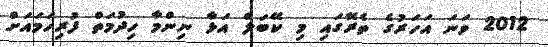
2012 ވަނަ އަހަރުގެ ތެރޭގައި މި ކޭބަލް އަޅާ ނިންމާ ހިދުމަތް ފުރިހަމައަށް